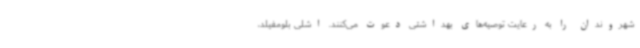
شهروندان را به رعایت توصیه‌های بهداشتی دعوت می‌کنند. اشلی بلومفیلد،